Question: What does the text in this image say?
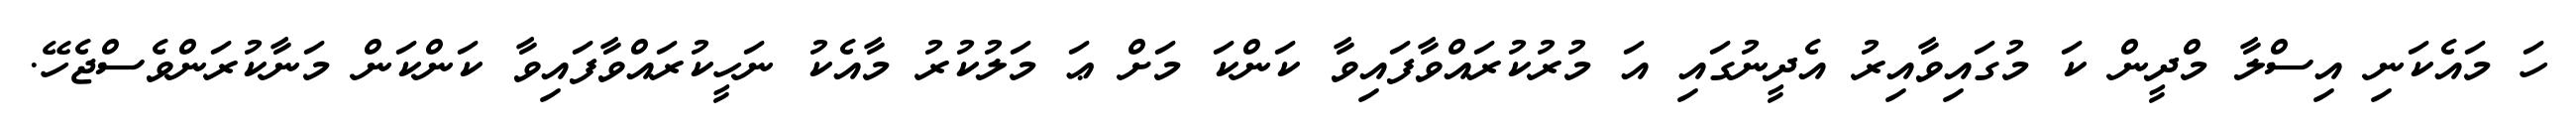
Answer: ހަ މައެކަނި އިސްލާ މްދީން ކަ މުގައިވާއިރު އެދީނުގައި އަ މުރުކުރައްވާފައިވާ ކަންކަ މަށް ޢަ މަލުކުރު މާއެކު ނަހީކުރައްވާފައިވާ ކަންކަން މަނާކުރަންވެސްޖެހޭ.